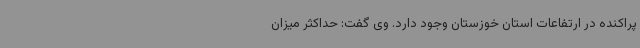
پراکنده در ارتفاعات استان خوزستان وجود دارد. وی گفت: حداکثر میزان